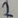
Text: 2